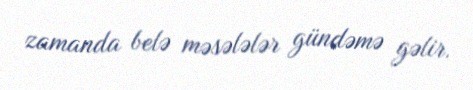
zamanda belə məsələlər gündəmə gəlir.